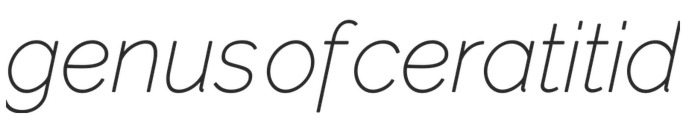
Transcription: genus of ceratitid